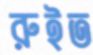
রুইত